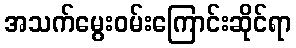
အသက်မွေးဝမ်းကြောင်းဆိုင်ရာ